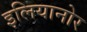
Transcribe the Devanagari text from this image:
इलियानोर